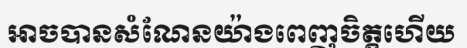
អាចបានសំណែនយ៉ាងពេញចិត្តហើយ